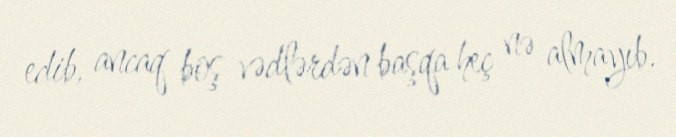
edib, ancaq boş vədlərdən başqa heç nə almayıb.